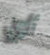
أي